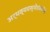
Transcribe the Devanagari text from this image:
अर्थव्यवस्थेसंबंधीचे